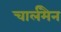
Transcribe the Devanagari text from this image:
चार्लमैन